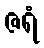
ဇရံ